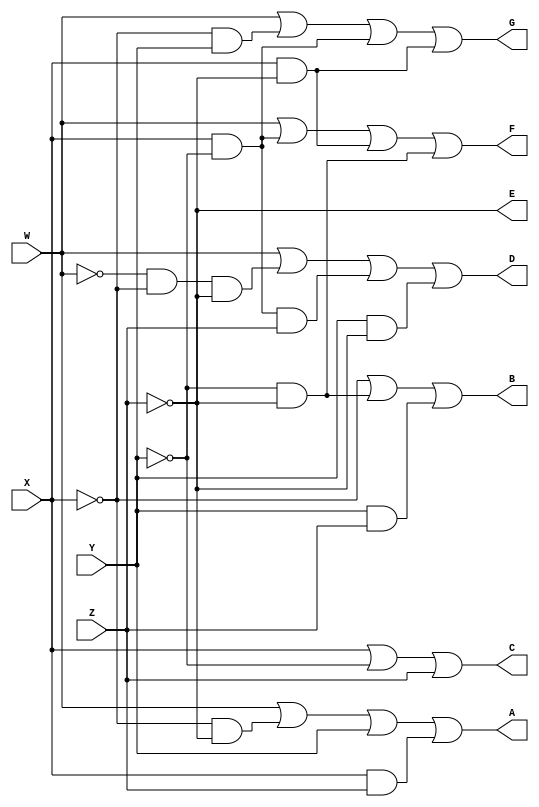
/*
  ECE 171 Project 1
  February 2022
  Andrew Stanton

  BCD to seven segment display code (Structural code)
*/

module SevenSegment(W, X, Y, Z, A, B, C, D, E, F, G);
input W, X, Y, Z; //BCD
output A, B, C, D, E, F, G; //7-Segment outputs

//wires for NOT'd inputs
wire Wbar, Xbar, Ybar, Zbar;

//wires designated by which output they "flow" to
wire AT1, AT2, AT3, AT4;
wire BT1, BT2, BT3;
wire CT1;
wire DT1, DT2, DT3, DT4, DT5, DT6, DT7;
wire FT1, FT2, FT3, FT4, FT5;
wire GT1, GT2, GT3, GT4, GT5;

//NOT for all inputs
not #14
  U1a(Wbar, W),
  U1b(Xbar, X),
  U1c(Ybar, Y),
  U1d(Zbar, E, Z); //E is ~Z

//function A
and #15
  U2a(AT1, Xbar, Zbar),
  U2b(AT2, X, Z);
or #15
  U3a(AT3, W, AT1),
  U3b(AT4, AT3, Y),
  U3c(A, AT4, AT2);

//function B
and #15
  U2c(BT1, Ybar, Zbar),
  U2d(BT2, Y, Z);
or #15
  U3d(BT3, Xbar, BT1),
  U7a(B, BT3, BT2);

//function C
or #15
  U7b(CT1, X, Ybar),
  U7c(C, CT1, Z);

//function D
and #15
  U4a(DT1, Wbar, Xbar),
  U4b(DT2, DT1, Zbar),
  U4c(DT5, Y, Zbar),
  U4d(DT3, X, Ybar),
  U5a(DT4, DT3, Z);
or #15
  U7d(DT6, W, DT2),
  U8a(DT7, DT6, DT4),
  U8b(D, DT7, DT5);

//function E
//@see U1d

//function F
and #15
  U5b(FT1, X, Ybar),
  U5c(FT2, X, Zbar),
  U5d(FT3, Ybar, Zbar);
or #15
  U8c(FT4, W, FT1),
  U8d(FT5, FT4, FT2),
  U9a(F, FT5, FT3);

//function G
and #15
  U6a(GT1, Xbar, Y),
  U6b(GT2, X, Ybar),
  U6c(GT3, X, Zbar);
or #15
  U9b(GT4, W, GT1),
  U9c(GT5, GT4, GT2),
  U9d(G, GT5, GT3);
endmodule